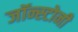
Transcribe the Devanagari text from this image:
जॉन्स्टोनी